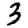
Digit: 3